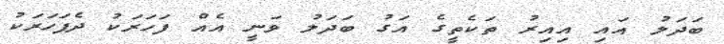
ބަދަލު އައި އިއިރު ތަކެތީގެ އަގު ބަދަލު ވަނީ އެއް ފަހަރަކު ދެފަހަރަކު